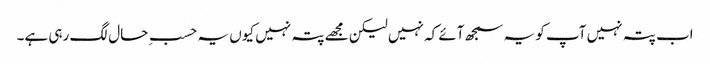
اب پتہ نہیں آپ کو یہ سمجھ آئے کہ نہیں لیکن مجھے پتہ نہیں کیوں یہ حسبِ حال لگ رہی ہے۔